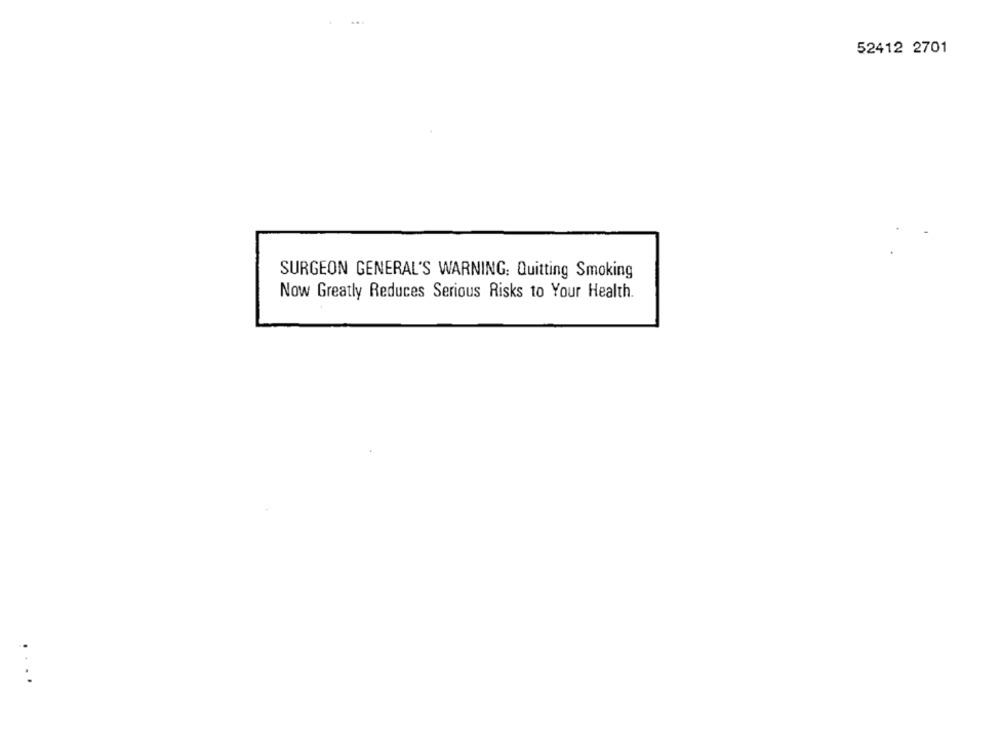
52412 2701
SURGEON GENERAL'S WARNING: Quitting Smoking
Now Greatly Reduces Serious Risks to Your Health.
. ...